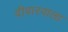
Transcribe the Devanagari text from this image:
दीवारवाला